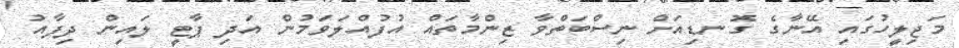
މަޖިލީހުގައި އޭނާގެ ގޮނޑިއަށް ނިސްބަތްވާ ޒިންމާތައް އުފުއްލަވަމުން އަދި ޕާޓީ ލައިން ދިފާއު